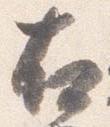
右